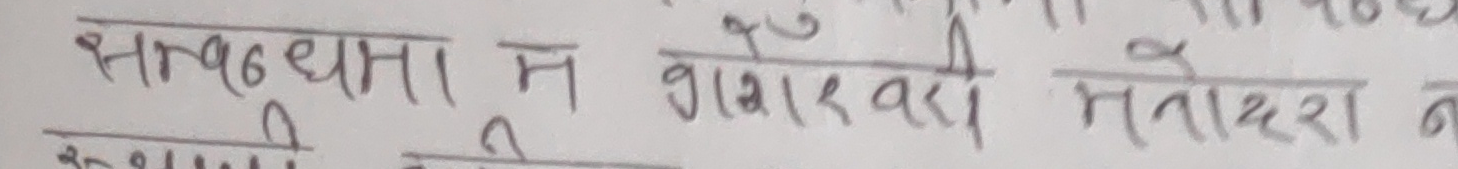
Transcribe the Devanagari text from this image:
सन्तोषमा न गराएकी मनोहरा न